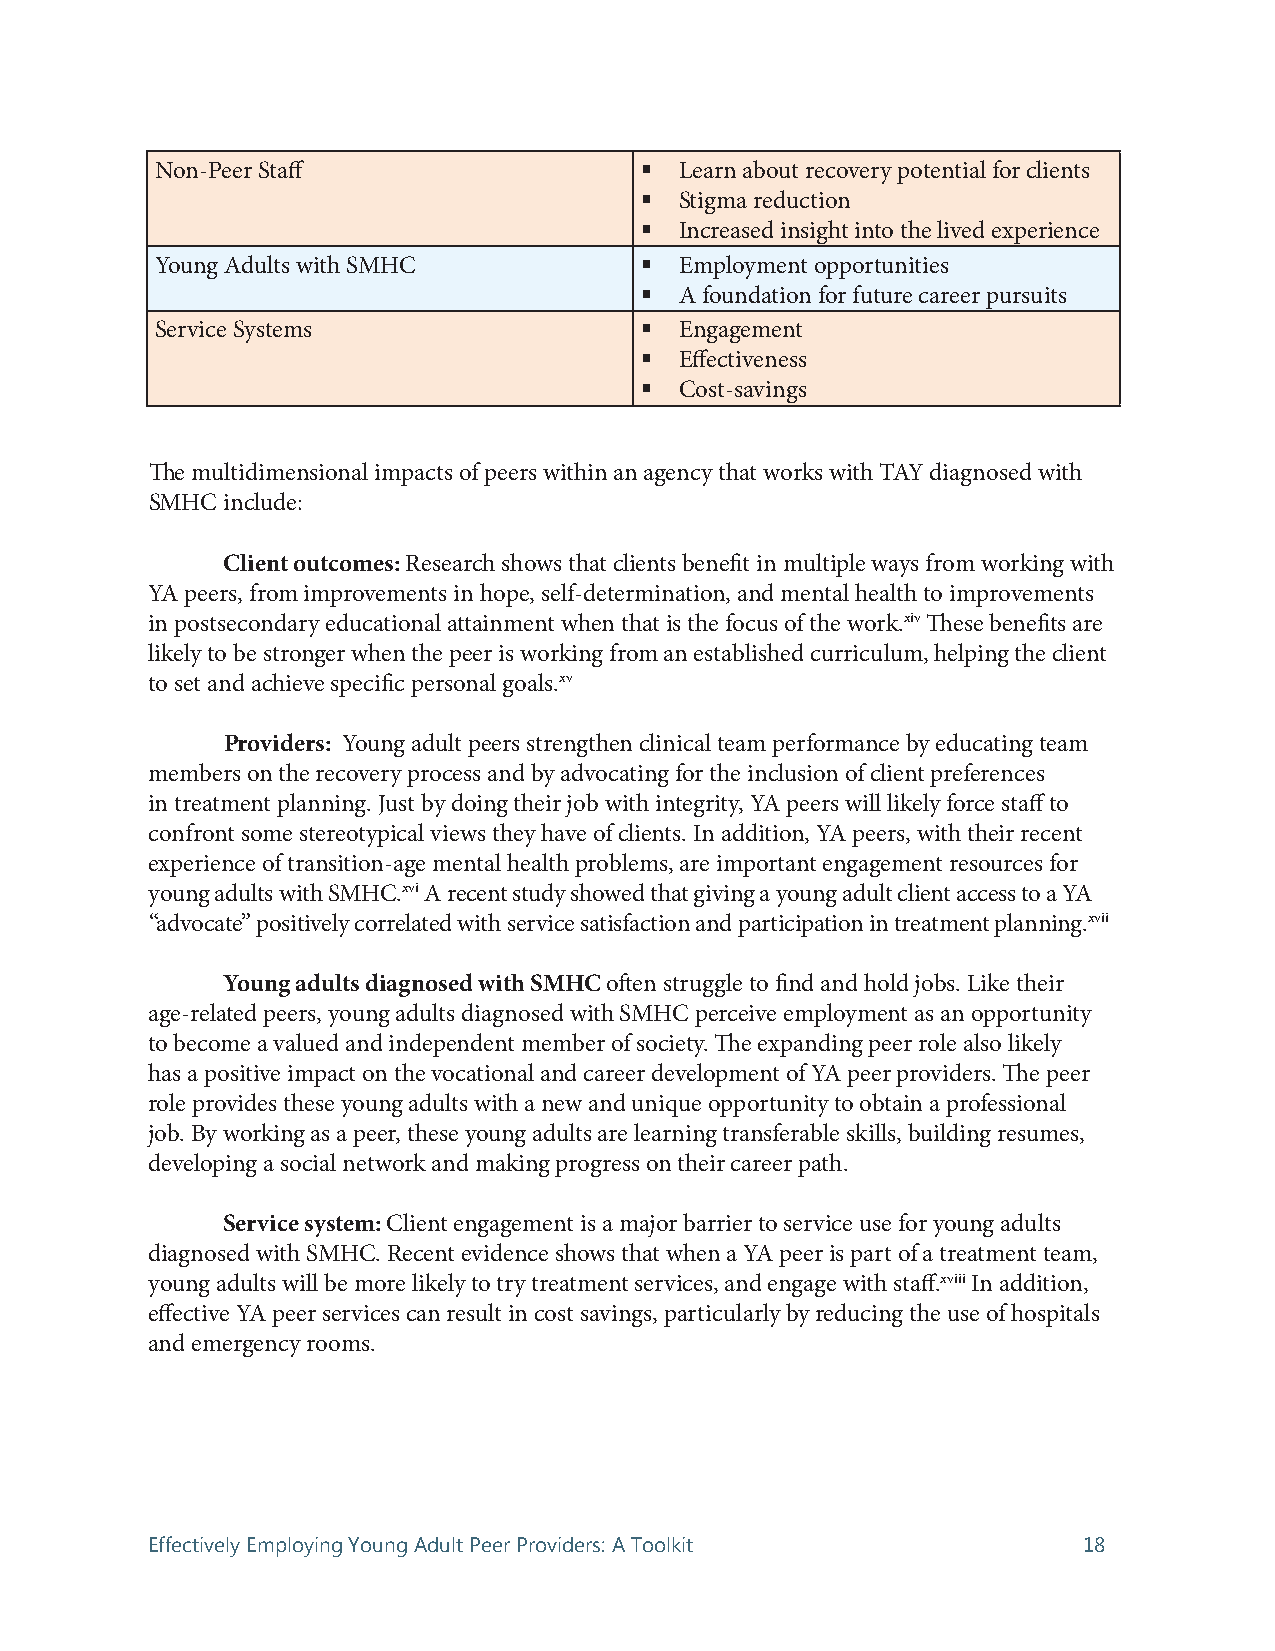
Non-Peer Staff                    Learn about recovery potential for clients
   Stigma reduction
   Increased insight into the lived experience
 Young Adults with SMHC            Employment opportunities
   A foundation for future career pursuits
 Service Systems                   Engagement
   Effectiveness
   Cost-savings
 The multidimensional impacts of peers within an agency that works with TAY diagnosed with
 SMHC include:
 Client outcomes: Research shows that clients benefit in multiple ways from working with
 YA peers, from improvements in hope, self-determination, and mental health to improvements
 in postsecondary educational attainment when that is the focus of the work.xiv These benefits are
 likely to be stronger when the peer is working from an established curriculum, helping the client
 to set and achieve specific personal goals.xv
 Providers: Young adult peers strengthen clinical team performance by educating team
 members on the recovery process and by advocating for the inclusion of client preferences
 in treatment planning. Just by doing their job with integrity, YA peers will likely force staff to
 confront some stereotypical views they have of clients. In addition, YA peers, with their recent
 experience of transition-age mental health problems, are important engagement resources for
 young adults with SMHC.xvi A recent study showed that giving a young adult client access to a YA
 “advocate” positively correlated with service satisfaction and participation in treatment planning.xvii
 Young adults diagnosed with SMHC often struggle to find and hold jobs. Like their
 age-related peers, young adults diagnosed with SMHC perceive employment as an opportunity
 to become a valued and independent member of society. The expanding peer role also likely
 has a positive impact on the vocational and career development of YA peer providers. The peer
 role provides these young adults with a new and unique opportunity to obtain a professional
 job. By working as a peer, these young adults are learning transferable skills, building resumes,
 developing a social network and making progress on their career path.
 Service system: Client engagement is a major barrier to service use for young adults
 diagnosed with SMHC. Recent evidence shows that when a YA peer is part of a treatment team,
 young adults will be more likely to try treatment services, and engage with staff.xviii In addition,
 effective YA peer services can result in cost savings, particularly by reducing the use of hospitals
 and emergency rooms.
 Effectively Employing Young Adult Peer Providers: A Toolkit   18